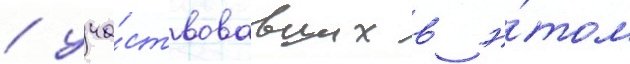
/ уча́ствовавших в э́том